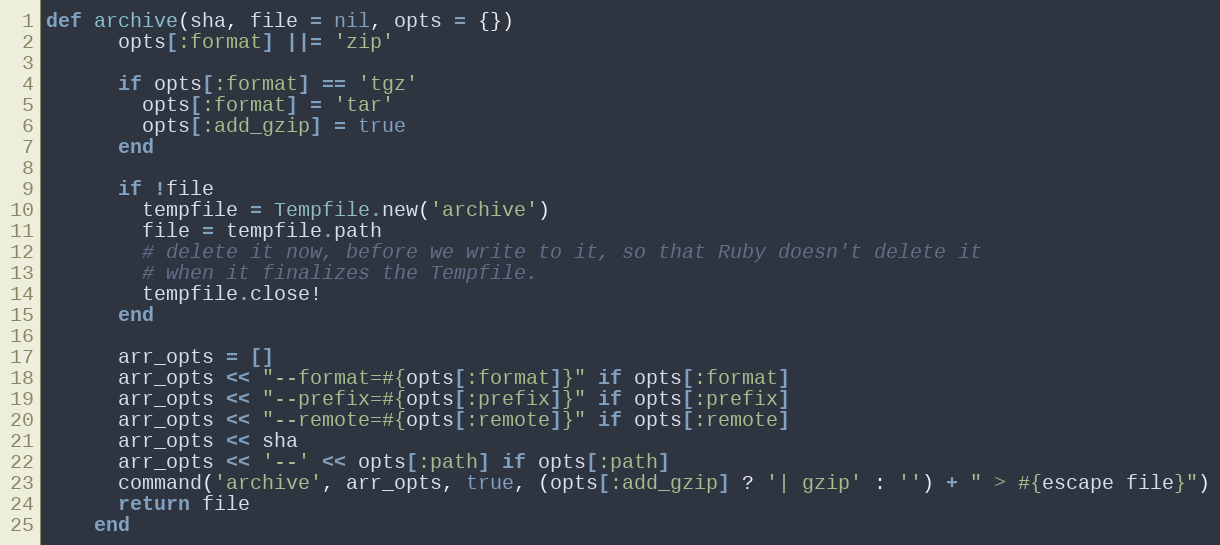
Language: Ruby
def archive(sha, file = nil, opts = {})
      opts[:format] ||= 'zip'

      if opts[:format] == 'tgz'
        opts[:format] = 'tar'
        opts[:add_gzip] = true
      end

      if !file
        tempfile = Tempfile.new('archive')
        file = tempfile.path
        # delete it now, before we write to it, so that Ruby doesn't delete it
        # when it finalizes the Tempfile.
        tempfile.close!
      end

      arr_opts = []
      arr_opts << "--format=#{opts[:format]}" if opts[:format]
      arr_opts << "--prefix=#{opts[:prefix]}" if opts[:prefix]
      arr_opts << "--remote=#{opts[:remote]}" if opts[:remote]
      arr_opts << sha
      arr_opts << '--' << opts[:path] if opts[:path]
      command('archive', arr_opts, true, (opts[:add_gzip] ? '| gzip' : '') + " > #{escape file}")
      return file
    end